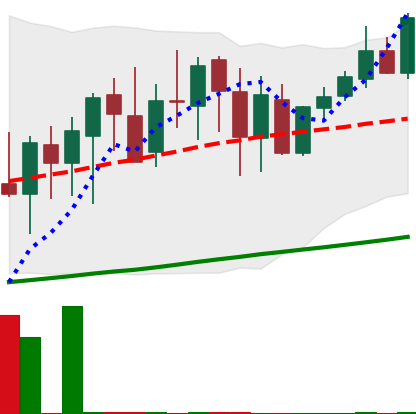
Ticker: XMR-USD
Chart end date: 2020-09-29
Forward return: 5.191%
Label: up_5_7